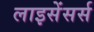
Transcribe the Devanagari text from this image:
लाइसेंसर्स